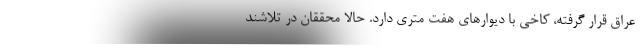
عراق قرار گرفته، کاخی با دیوارهای هفت متری دارد. حالا محققان در تلاشند